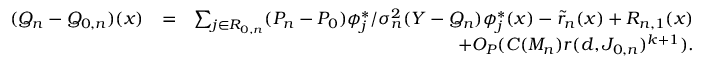
\begin{array} { r l r } { ( Q _ { n } - Q _ { 0 , n } ) ( x ) } & { = } & { \sum _ { j \in { \cal R } _ { 0 , n } } ( P _ { n } - P _ { 0 } ) \phi _ { j } ^ { * } / \sigma _ { n } ^ { 2 } ( Y - { Q _ { n } } ) \phi _ { j } ^ { * } ( x ) - \tilde { r } _ { n } ( x ) + R _ { n , 1 } ( x ) } \\ & { } & { + O _ { P } ( C ( M _ { n } ) r ( d , J _ { 0 , n } ) ^ { k + 1 } ) . } \end{array}